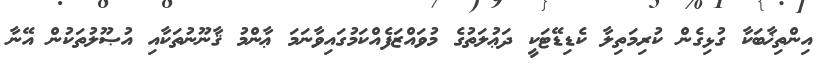
އިންތިޚާބަކާ ގުޅިގެން ކުރިމަތިލާ ކެޑިޑޭޓަކީ ދަޢުލަތުގެ މުވައްޒަފެއްކަމުގައިވާނަމަ ޢާންމު ޤާނޫނުތަކާއި އުޞޫލުތަކުން އޭނާ